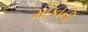
મોકાની